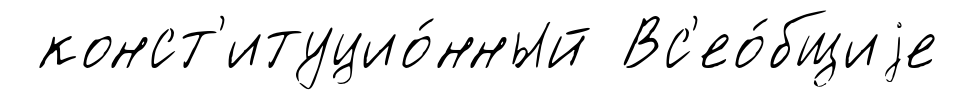
конст'итуцио́нный Вс'ео́бщиjе